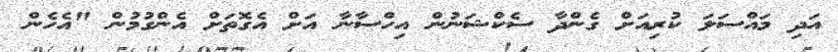
އަދި މައްސަލަ ކުރިއަށް ގެންދާ ސެކްޝަނުން އިހްސާނާ އަށް އެގޮތަށް އެންގުމުން "އެހެން